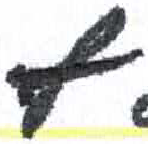
אות: ף